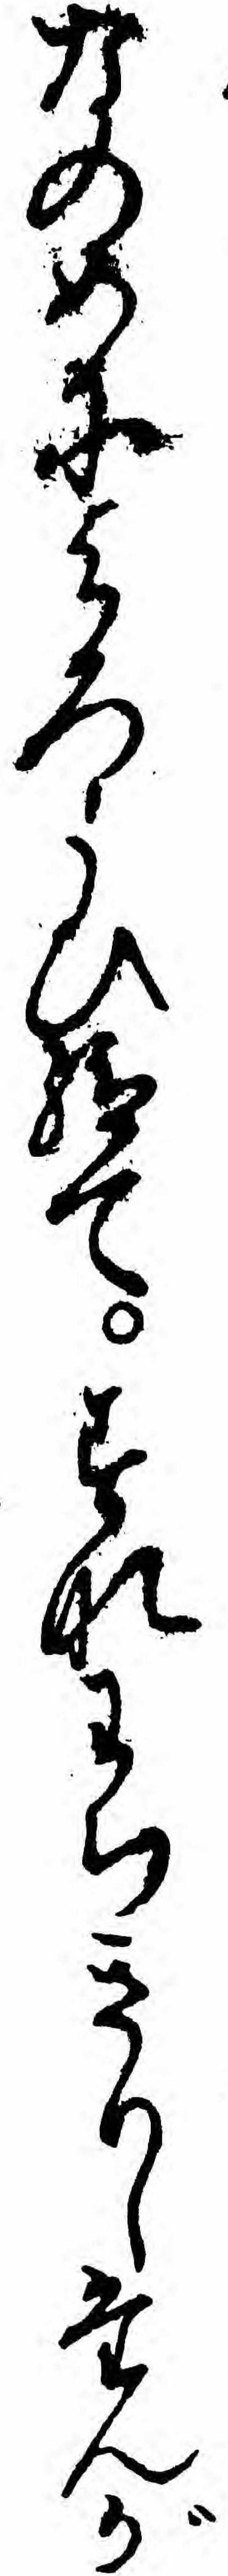
なのめによろこひ給てすなわちきりしたんが